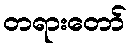
တရားတော်